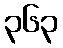
၃၆၃